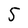
Character: 5